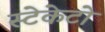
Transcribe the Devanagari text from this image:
स्टेकेटो